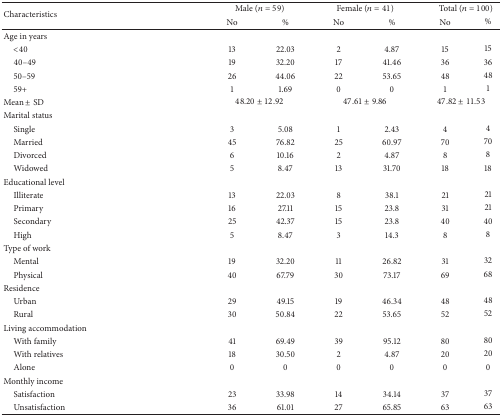
<table><thead><tr><td rowspan="2"><b>Characteristics</b></td><td colspan="2"><b>Male (<i>n</i> = 59)</b></td><td colspan="2"><b>Female (<i>n</i> = 41)</b></td><td colspan="2"><b>Total (<i>n</i> = 100)</b></td></tr><tr><td><b>No</b></td><td><b>%</b></td><td><b>No</b></td><td><b>%</b></td><td><b>No</b></td><td><b>%</b></td></tr></thead><tbody><tr><td>Age in years</td><td> </td><td> </td><td> </td><td> </td><td> </td><td> </td></tr><tr><td> &lt;40</td><td>13</td><td>22.03</td><td>2</td><td>4.87</td><td>15</td><td>15</td></tr><tr><td> 40–49</td><td>19</td><td>32.20</td><td>17</td><td>41.46</td><td>36</td><td>36</td></tr><tr><td> 50–59</td><td>26</td><td>44.06</td><td>22</td><td> 53.65</td><td>48</td><td>48</td></tr><tr><td> 59+</td><td>1</td><td>1.69</td><td>0</td><td>0</td><td>1</td><td>1</td></tr><tr><td>Mean ± SD</td><td colspan="2">48.20 ± 12.92</td><td colspan="2">47.61 ± 9.86</td><td colspan="2">47.82 ± 11.53</td></tr><tr><td>Marital status</td><td> </td><td> </td><td> </td><td> </td><td> </td><td> </td></tr><tr><td> Single</td><td>3</td><td>5.08</td><td>1</td><td>2.43</td><td>4</td><td>4</td></tr><tr><td> Married</td><td>45</td><td>76.82</td><td>25</td><td>60.97</td><td>70</td><td>70</td></tr><tr><td> Divorced</td><td>6</td><td>10.16</td><td>2</td><td>4.87</td><td>8</td><td>8</td></tr><tr><td> Widowed</td><td>5</td><td>8.47</td><td>13</td><td>31.70</td><td>18</td><td>18</td></tr><tr><td>Educational level</td><td> </td><td> </td><td> </td><td> </td><td> </td><td> </td></tr><tr><td> Illiterate</td><td>13</td><td>22.03</td><td>8</td><td>38.1</td><td>21</td><td>21</td></tr><tr><td> Primary</td><td>16</td><td>27.11</td><td>15</td><td>23.8</td><td>31</td><td>21</td></tr><tr><td> Secondary</td><td>25</td><td>42.37</td><td>15</td><td>23.8</td><td>40</td><td>40</td></tr><tr><td> High</td><td>5</td><td>8.47</td><td>3</td><td>14.3</td><td>8</td><td>8</td></tr><tr><td>Type of work</td><td> </td><td> </td><td> </td><td> </td><td> </td><td> </td></tr><tr><td> Mental</td><td>19</td><td>32.20</td><td>11</td><td>26.82</td><td>31</td><td>32</td></tr><tr><td> Physical</td><td>40</td><td>67.79</td><td>30</td><td>73.17</td><td>69</td><td>68</td></tr><tr><td>Residence</td><td> </td><td> </td><td> </td><td> </td><td> </td><td> </td></tr><tr><td> Urban</td><td>29</td><td>49.15</td><td>19</td><td>46.34</td><td>48</td><td>48</td></tr><tr><td> Rural</td><td>30</td><td>50.84</td><td>22</td><td>53.65</td><td>52</td><td>52</td></tr><tr><td>Living accommodation</td><td> </td><td> </td><td> </td><td> </td><td> </td><td> </td></tr><tr><td> With family</td><td>41</td><td>69.49</td><td>39</td><td>95.12</td><td>80</td><td>80</td></tr><tr><td> With relatives</td><td>18</td><td>30.50</td><td>2</td><td>4.87</td><td>20</td><td>20</td></tr><tr><td> Alone</td><td>0</td><td>0</td><td>0</td><td>0</td><td>0</td><td>0</td></tr><tr><td>Monthly income</td><td> </td><td> </td><td> </td><td> </td><td> </td><td> </td></tr><tr><td> Satisfaction</td><td>23</td><td>33.98</td><td>14</td><td>34.14</td><td>37</td><td>37</td></tr><tr><td> Unsatisfaction</td><td>36</td><td>61.01</td><td>27</td><td>65.85</td><td>63</td><td>63</td></tr></tbody></table>